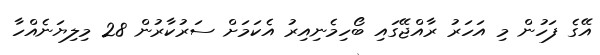
އޭގެ ފަހުން މި އަހަރު ރާއްޖޭގައި ބޯހިމެނިއިރު އެކަމަށް ސަރުކާރުން 28 މިލިޔަނެއްހާ